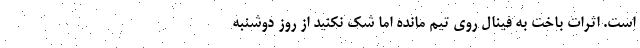
است. اثرات باخت به فینال روی تیم مانده اما شک نکنید از روز دوشنبه